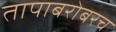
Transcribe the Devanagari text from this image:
तापाबरोबरच